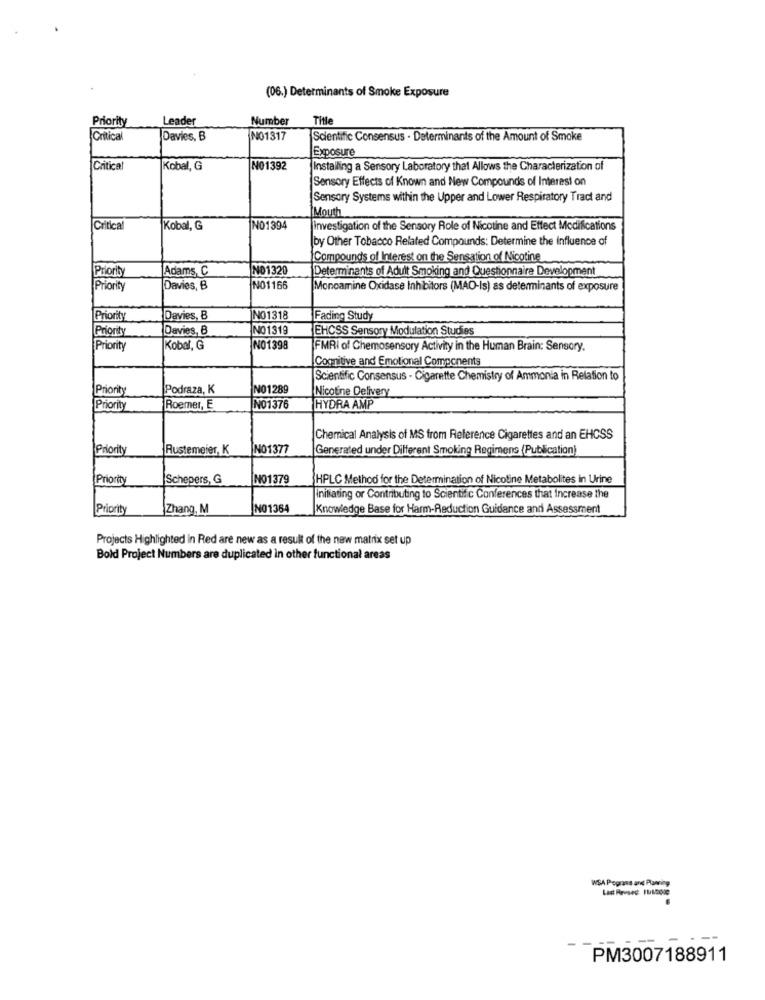
(06.) Determinants of Smoke Exposure
Priority
Leader
Number
Title
Critical
Davies, E
NO1317
Scientific Consensus . Determinants of the Amount of Smoke
Exposure
Critica
Kobal, G
NO1392
Installing a Sensory Laboratory that Allows the Characterization of
Sensory Effects of Known and New Compounds of Interest on
Sensory Systems within the Upper and Lower Respiratory Tract and
Mouth
Critical
Kobal, G
NO1394
Investigation of the Sensory Role of Nicotine and Effect Modifications
by Other Tobacco Related Compounds: Determine the Influence of
Compounds of Interest on the Sensation of Nicotine
Adams, C
NO1320
Determinants of Adult Smoking and Questionnaire Development
Priorit
Priority
Davies, B
NO1166
Monoamine Oxidase Inhibitors (MAO-Is) as determinants of exposure
Priority
Davies, B
NO1318
Fading Study
Priorit
Davies, B
NO1319
EHCSS Sensory Modulation Studies
Priority
Kobal, G
NO1398
FMRI of Chemosensory Activity in the Human Brain: Sensory.
Cognitive and Emotional Components
Scientific Consensus - Cigarette Chemistry of Ammonia in Relation to
Priority
Podraza, K
NO1289
Nicotine Delivery
Priority
Roemer, E
NO1376
HYDRA AMP
Chemical Analysis of MS from Reference Cigarettes and an EHCSS
Priority
Rustemeier, K
NO1377
Generated under Different Smoking Regimens (Publication)
Priority
Schepers, G
NO1379
HPLC Method for the Determination of Nicotine Metabolites in Urine
initiating or Contributing to Scientific Conferences that Increase the
|Priority
Zhang, M
NO1364
Knowledge Base for Harm-Reduction Guidance and Assessment
Projects Highlighted in Red are new as a result of the new matrix set up
Bold Project Numbers are duplicated in other functional areas
WSA Programs and Planning
PM3007188911